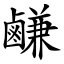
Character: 鹻